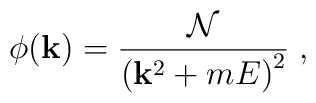
\phi({\bf k}) = {{\cal N} \over \bigl({\bf k}^2+m E\bigr)^2} \;,